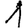
Digit: 1